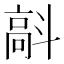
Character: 𩫄